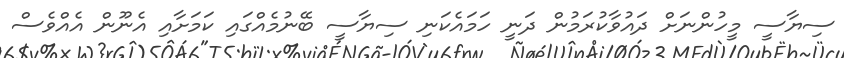
ސިޔާސީ މީހުންނަށް ދައުވާކުރަމުން ދަނީ ހަމައެކަނި ސިޔާސީ ބޭނުމެއްގައި ކަމަށާއި އެނޫން އެއްވެސް